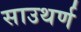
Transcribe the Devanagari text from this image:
साउथर्ण